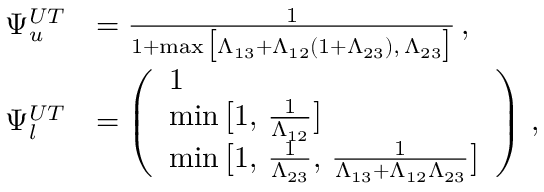
\begin{array} { r l } { \Psi _ { u } ^ { U T } } & { = \frac { 1 } { 1 + \operatorname* { m a x } \big [ \Lambda _ { 1 3 } + \Lambda _ { 1 2 } ( 1 + \Lambda _ { 2 3 } ) , \, \Lambda _ { 2 3 } \big ] } \, , } \\ { \Psi _ { l } ^ { U T } } & { = \left( \begin{array} { l } { 1 } \\ { \operatorname* { m i n } \big [ 1 , \, \frac { 1 } { \Lambda _ { 1 2 } } \big ] } \\ { \operatorname* { m i n } \big [ 1 , \, \frac { 1 } { \Lambda _ { 2 3 } } , \, \frac { 1 } { \Lambda _ { 1 3 } + \Lambda _ { 1 2 } \Lambda _ { 2 3 } } \big ] } \end{array} \right) \, , } \end{array}